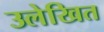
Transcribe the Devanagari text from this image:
उलेखित